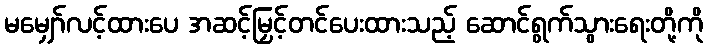
မမျှော်လင့်ထားပေ အဆင့်မြှင့်တင်ပေးထားသည့် ဆောင်ရွက်သွားရေးတို့ကို